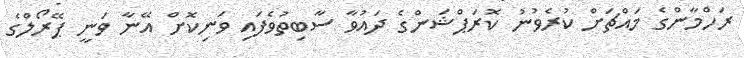
ރަހްމާންގެ މައްޗަށް ކުރެވުނު ކޮރަަޕްޝަންގެ ދައުވާ ސާބިތުވެފައި ވަނިކޮށް އޭނާ ވަނީ ޕޭރޯލްގެ